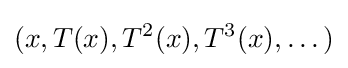
(x,T(x),T^{2}(x),T^{3}(x),\dots )